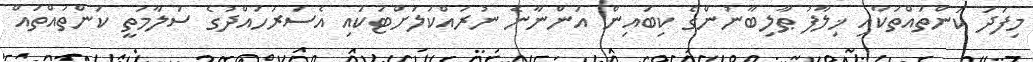
މިފަދަ ކަންތައްތަކާއި ޚިލާފު ޠާލިބާނުންގެ ކިބައިން އަންނާނެ ނުރައްކަލަށްޓަކައި އެސަރަހައްދުގެ ސަލާމަތީ ކަންތައްތައް